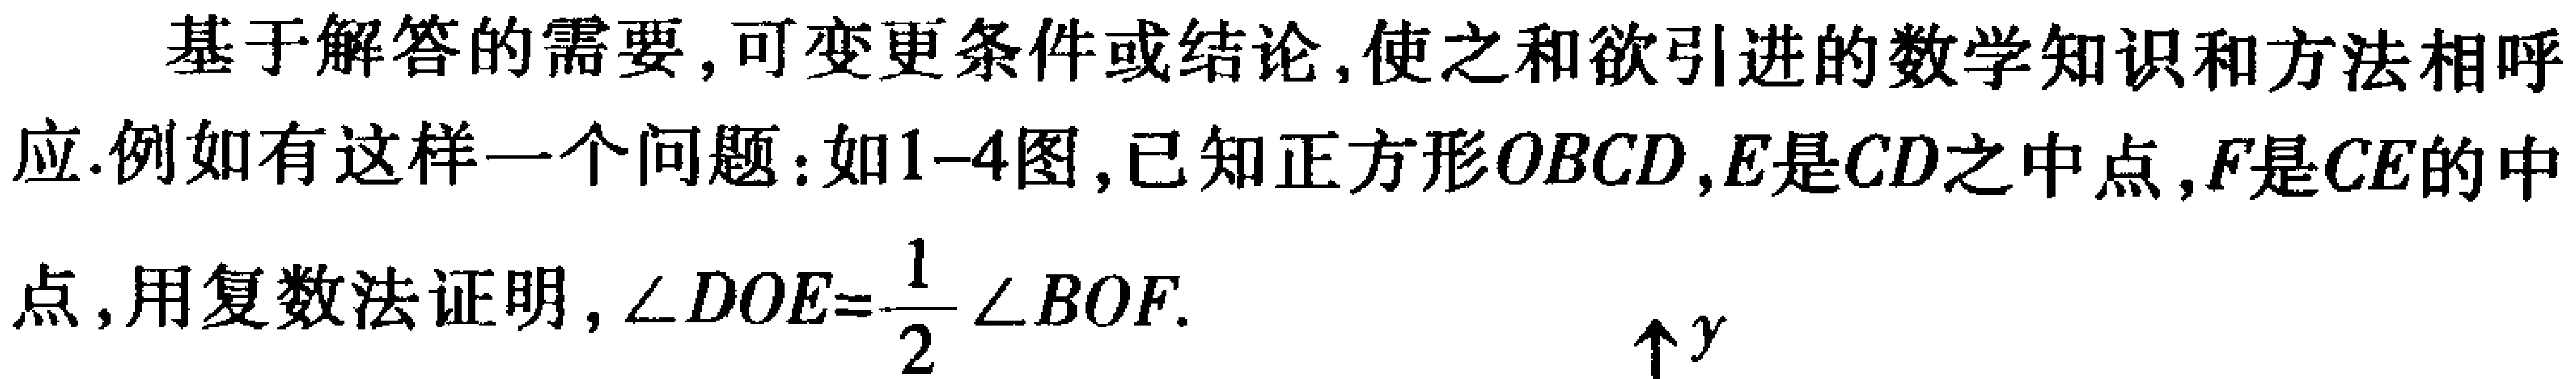
基于解答的需要,可变更条件或结论,使之和欲引进的数学知识和方法相呼应.例如有这样一个问题:如1-4图,已知正方形\(OBCD\),\(E\)是\(CD\)之中点,\(F\)是\(CE\)的中点,用复数法证明,\(\angle DOE = \frac{1}{2}\angle BOF\).